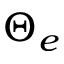
\Theta _ { e }